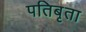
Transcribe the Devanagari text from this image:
पतिबृता